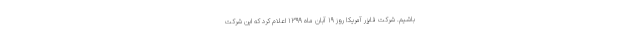
باشیم. شرکت فایزر آمریکا روز ۱۹ آبان ماه ۱۳۹۹ اعلام کرد که این شرکت